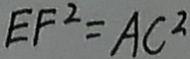
E F ^ { 2 } = A C ^ { 2 }